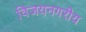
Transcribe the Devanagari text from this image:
विजयनगरीय